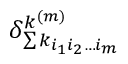
\delta _ { \sum { k _ { i _ { 1 } i _ { 2 } \ldots i _ { m } } } } ^ { k ^ { ( m ) } }